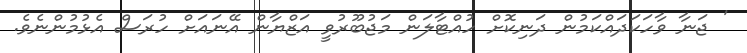
' ޖަނާ ވާހަކަދައްކަމުން ދަނިކޮށް ހުއްޓާލަން މަޖުބޫރުވީ އަޒްޔާން އޭނައަށް ހުރަސް އެޅުމުންނެވެ.